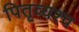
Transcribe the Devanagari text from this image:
पितृव्यश्च